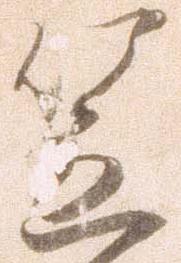
笠